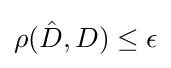
\rho ({\hat {D}},D)\leq \epsilon